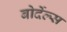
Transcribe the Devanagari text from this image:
बोर्देल्स